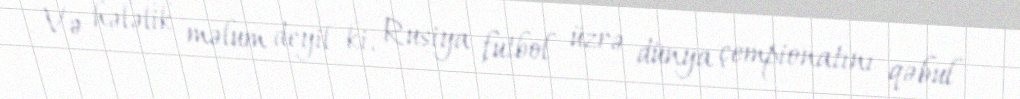
Və hələlik məlum deyil ki, Rusiya futbol üzrə dünya çempionatını qəbul